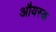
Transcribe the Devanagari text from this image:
औयस्क